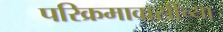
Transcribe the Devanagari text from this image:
परिक्रमावासींच्या